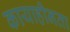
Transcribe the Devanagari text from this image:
कायाहीनता